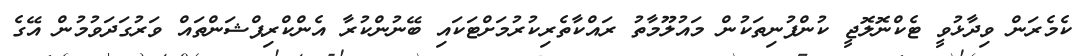
ކެމެރަން ވިދާޅުވީ ޓެކްނޮލޮޖީ ކުންފުނިތަކުން މައުލޫމާތު ރައްކާތެރިކުރުމަށްޓަކައި ބޭނުންކުރާ އެންކްރިޕްޝަންތައް ވަރުގަދަވުމުން އޭގެ